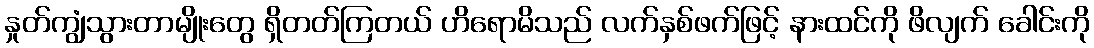
နှုတ်ကျွံသွားတာမျိုးတွေ ရှိတတ်ကြတယ် ဟိရောမိသည် လက်နှစ်ဖက်ဖြင့် နားထင်ကို ဖိလျက် ခေါင်းကို